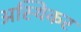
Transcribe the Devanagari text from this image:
अस्थिकर